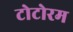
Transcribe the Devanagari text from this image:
टोटोरम